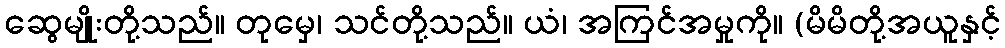
ဆွေမျိုးတို့သည်။ တုမှေ၊ သင်တို့သည်။ ယံ၊ အကြင်အမှုကို။ (မိမိတို့အယူနှင့်